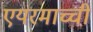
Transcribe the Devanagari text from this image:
एयरमाच्ची